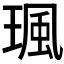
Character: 𤧑